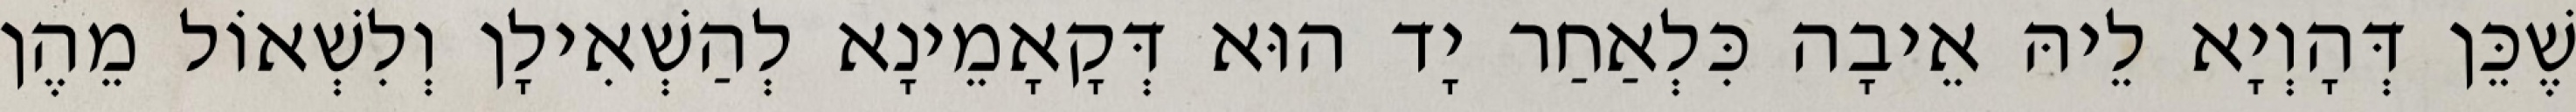
שֶׁכֵּן דְּהָוְיָא לֵיהּ אֵיבָה כִּלְאַחַר יָד הוּא דְּקָאָמֵינָא לְהַשְׁאִילָן וְלִשְׁאוֹל מֵהֶן